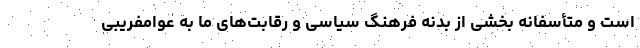
است و متأسفانه بخشی از بدنه فرهنگ سیاسی و رقابت‌های ما به عوامفریبی